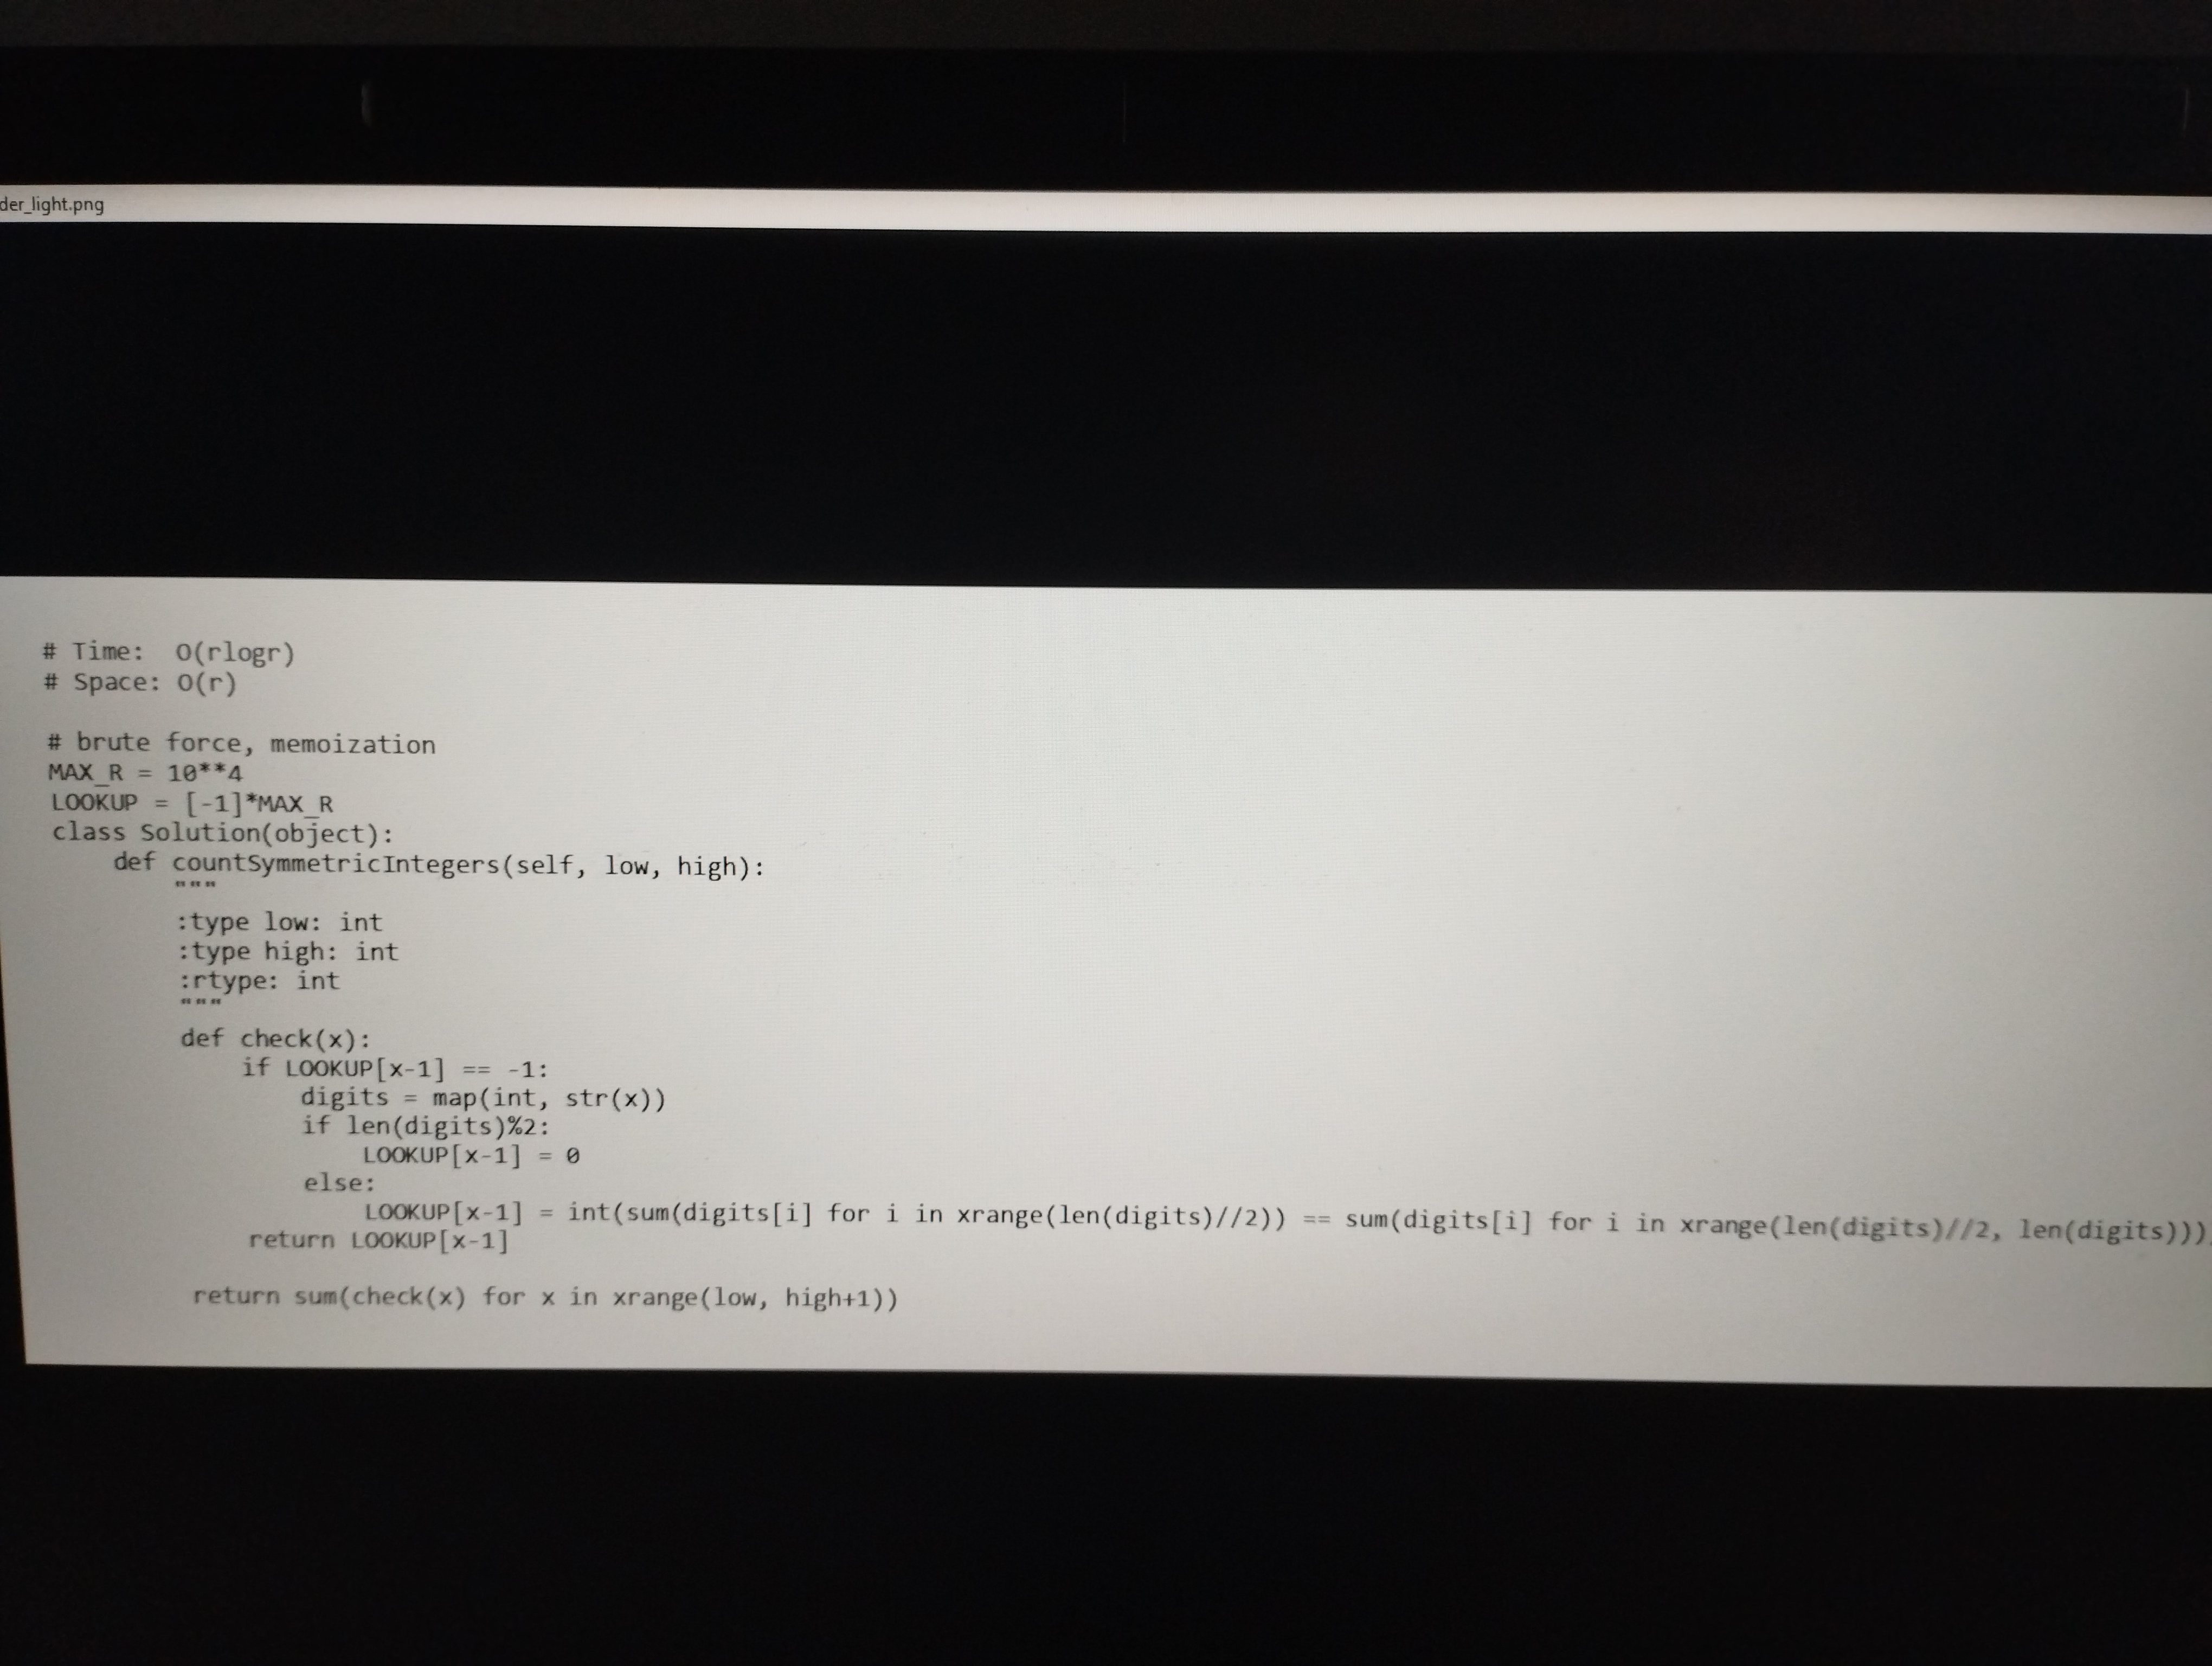
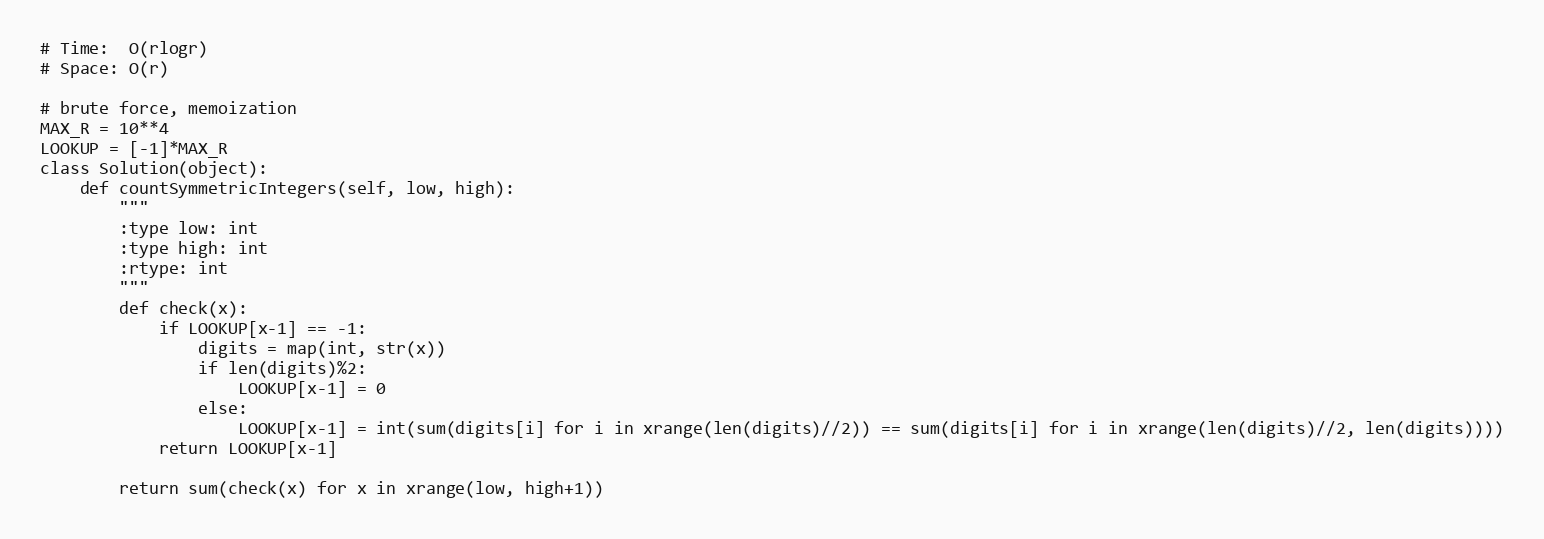
# Time:  O(rlogr)
# Space: O(r)

# brute force, memoization
MAX_R = 10**4
LOOKUP = [-1]*MAX_R
class Solution(object):
    def countSymmetricIntegers(self, low, high):
        """
        :type low: int
        :type high: int
        :rtype: int
        """
        def check(x):
            if LOOKUP[x-1] == -1:
                digits = map(int, str(x))
                if len(digits)%2:
                    LOOKUP[x-1] = 0
                else:
                    LOOKUP[x-1] = int(sum(digits[i] for i in xrange(len(digits)//2)) == sum(digits[i] for i in xrange(len(digits)//2, len(digits))))
            return LOOKUP[x-1]

        return sum(check(x) for x in xrange(low, high+1))